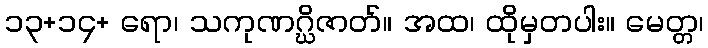
၁၃+၁၄+ ရော၊ သကုဏဂ္ဃိဇာတ်။ အထ၊ ထိုမှတပါး။ မေတ္တ၊